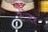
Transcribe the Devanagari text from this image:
टंेटर